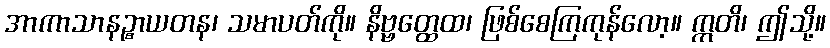
အာကာသာနဉ္စာယတန၊ သမာပတ်ကို။ နိဗ္ဗတ္ထေထ၊ ဖြစ်စေကြကုန်လော့။ ဣတိ၊ ဤသို့။